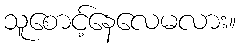
သူစောင့်နေလေမလား။